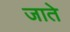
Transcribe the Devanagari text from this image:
जातेे